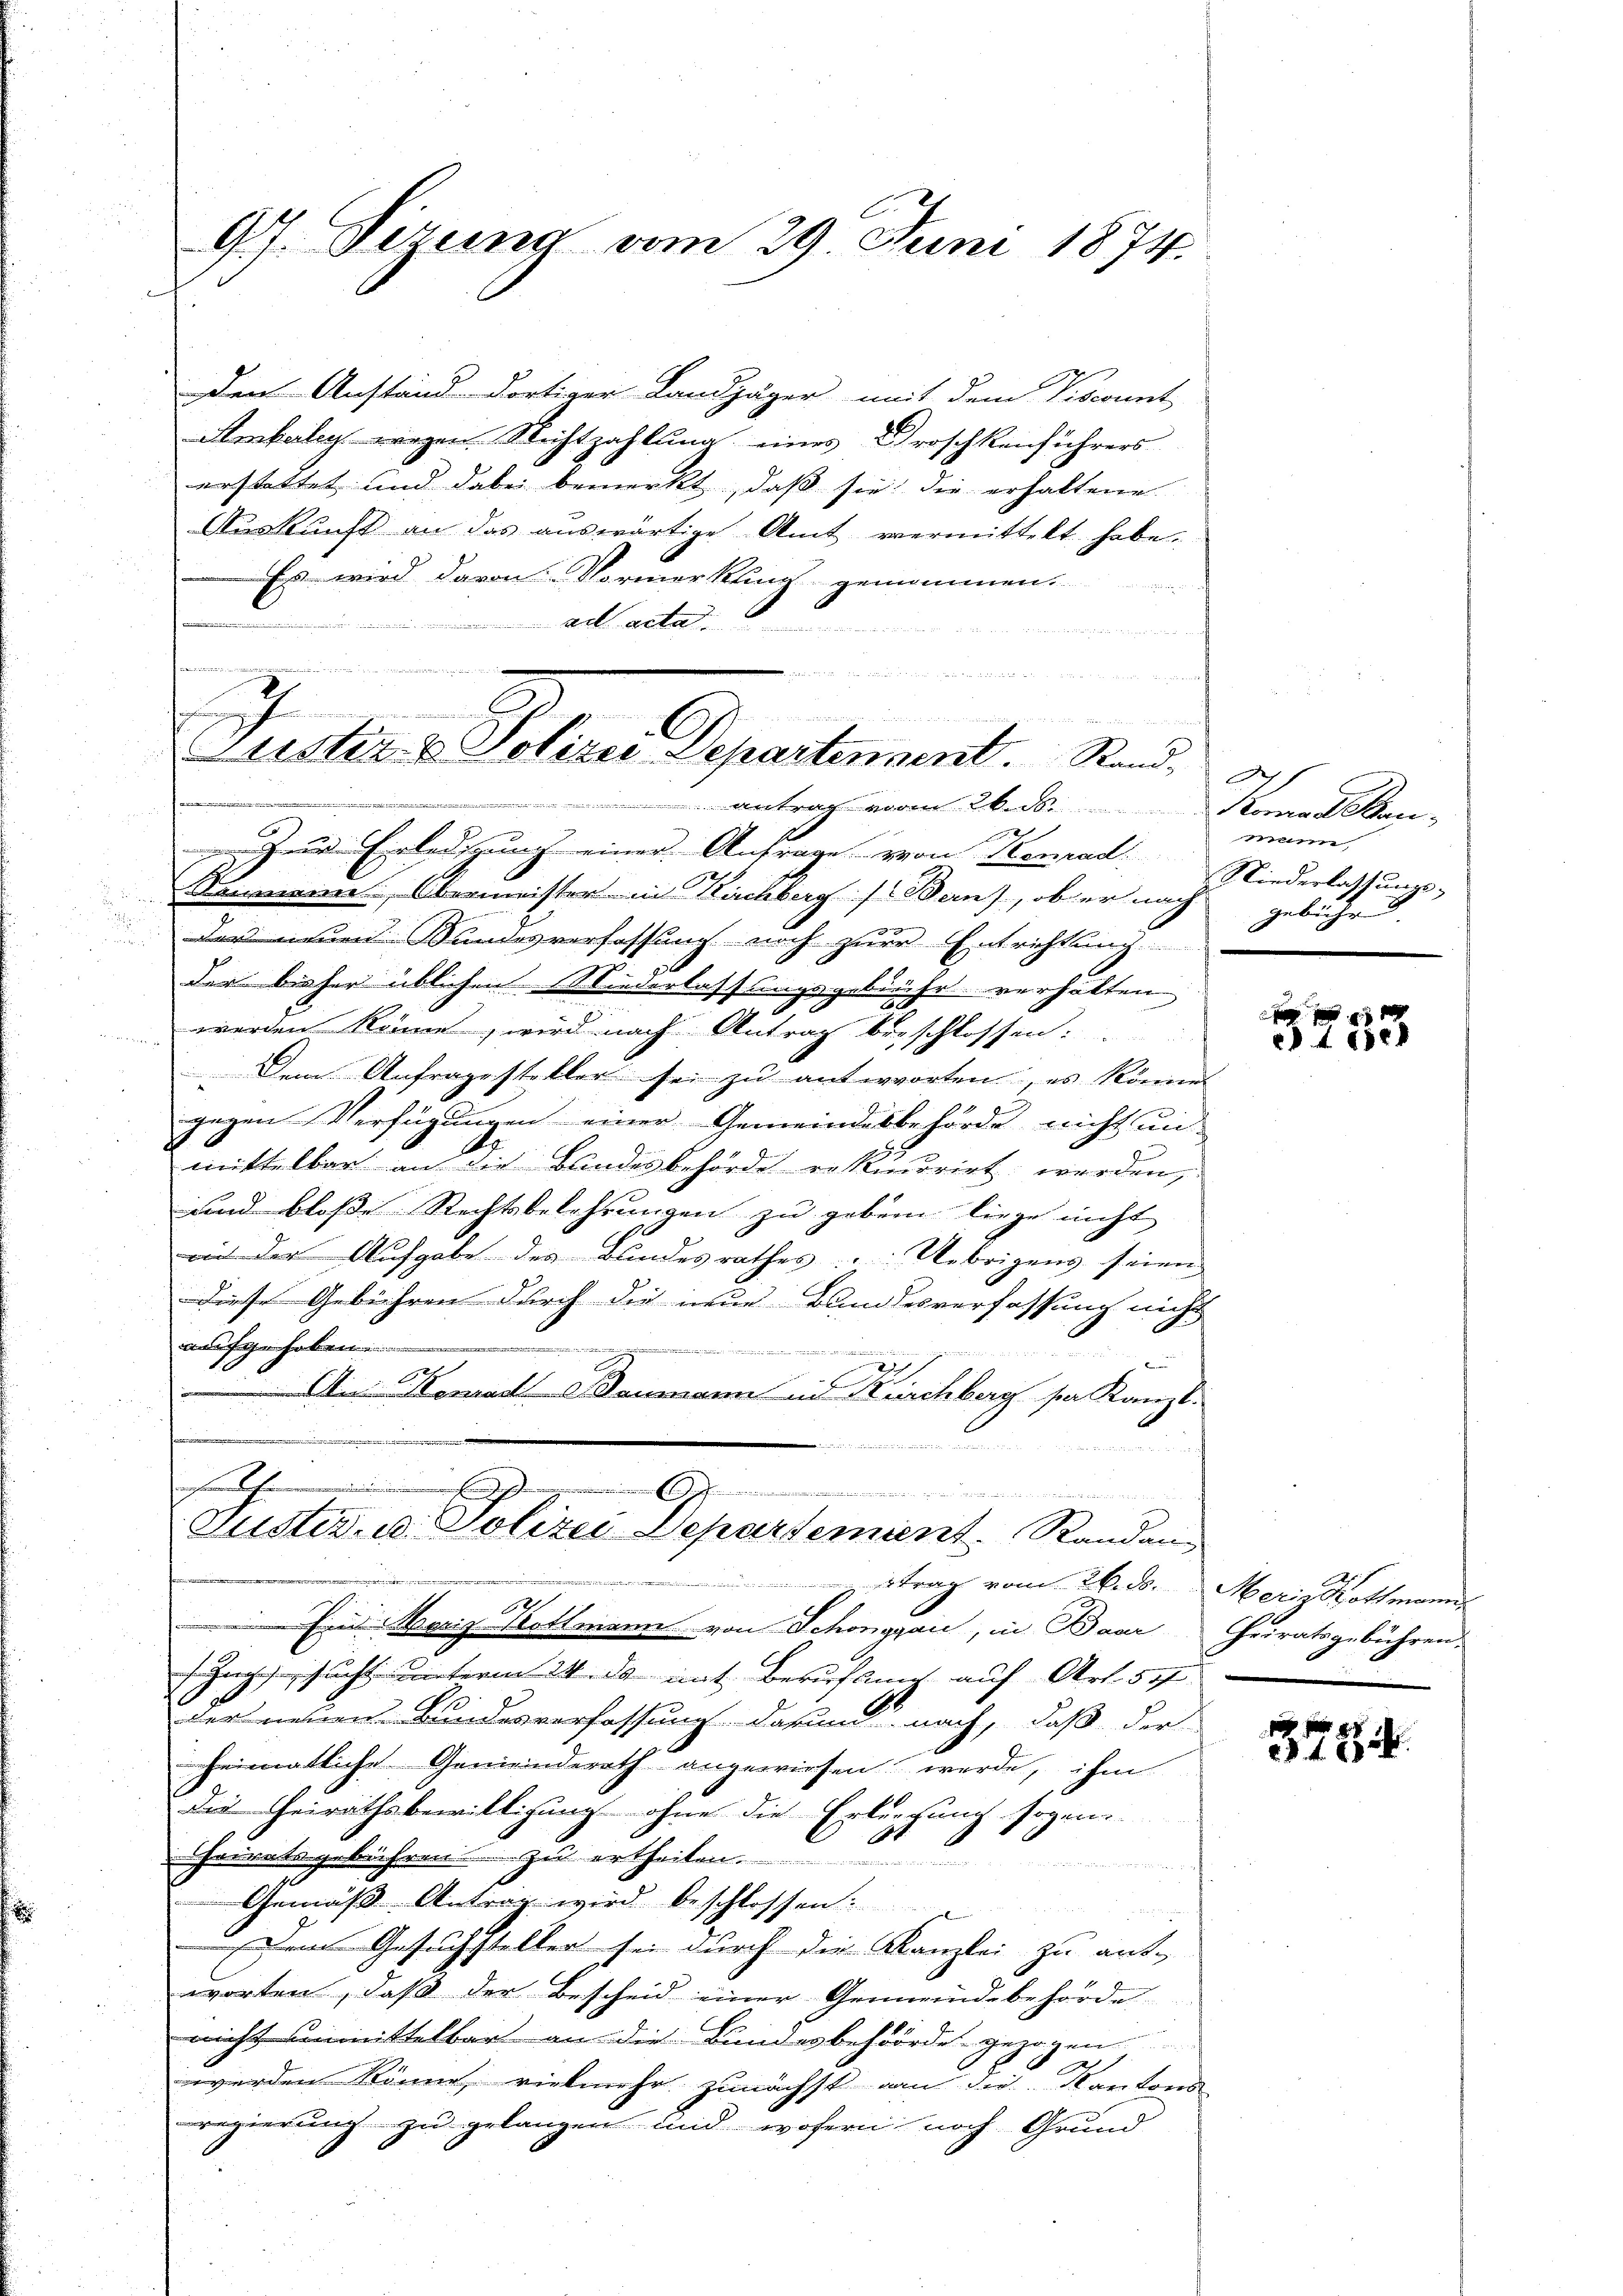
d

d

97. Dezung vom 29. Juni 1874.

den Anstand dortiger Landjäger mit dem Visconnt
Amkeley weegen. Nichtzahlung eines Droschkenführers
erstattet und dabei bemerkt, daß sie die erhaltene
Auskunft an das auswärtige Amt vermittelt habe.
Es wird davon Vormerkung genommen.
ad acta.
v

der neuen Wundesverfassung noch zur Entrichtung
der bisher üblichen Niederlassungsgebühr verhalten.
werden könne, wird nach Antrag beschlossen:
¬
 Dem Anfragesteller sei zu antworten, es könne
gegen Verfügungen einer Gemeindesbehörde nicht un
mittelbar an die Landesbehörde rekurrirt werden,
und bloße Rechtsbelehrungen zu geben liege nicht
mi der Aufgabe des Bundesrathes Uebrigens seien
diese Gebühren durch die neue Bundesverfassung nicht
aufgehoben.

 idee der von des et in der ich ein heute
n
An Herrad Baumann in Kirchberg ser Kanzl
 die
hander hinein
einem eheman
n
Justiz- u. Polizei Departement. Randann
 trag vom 26. d. Meriskottmann,
 Eines Moriz Hottmann von Schönggau, in Baar Chriratsgebühren.
Zugesucht unterm 24. ds mit Berufung auf Art. 517
der neuen Bundesverfassung darum nach, daß der
heimatliche Gemeindereth angewiesen werde, ihm
das Heirathsbewilligung ohne die Erbergung sogen
Cheimatsgebühren zu ertheilen. 1

Gemäß Antrag wird beschlossen.
den mich n
Dem Gesuchsteller sei durch die Kanzlei zu ant-
worten, daß der Bescheid einer Gemeindebehörde
nicht unmittelbar an die Bundesbehöörde gezogen
1
werden könne, vielmehr zunächst an die Kantons
regierung zu gelangen und wofern noch Grund

au in der
.
f
                            an wenn eines
Justiz & Polizei Departensent. Rand
antrag vom 26. ds. Kanal Man-
Jer Erledigung einer Anfrage von Konrad. Niederlassungs-
Raumanne, Obermeister in Kirchberg (Bern), ob er nach

min,
gebühr

28 f. 618

15
378.